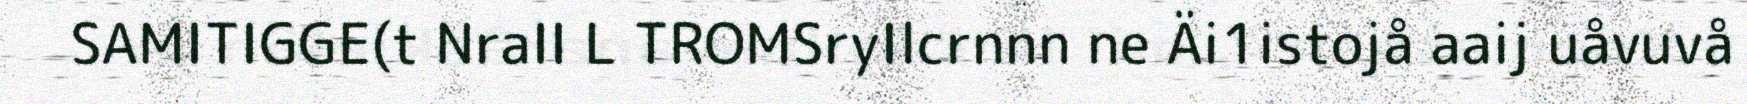
SAMITIGGE(t NraII L TROMSryIlcrnnn ne Äi1istojå aaij uåvuvå